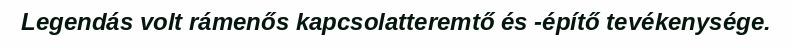
Legendás volt rámenős kapcsolatteremtő és -építő tevékenysége.